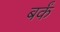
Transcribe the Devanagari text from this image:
बर्कं